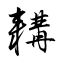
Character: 耩